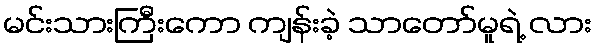
မင်းသားကြီးကော ကျန်းခဲ့ သာတော်မူရဲ့ လား